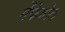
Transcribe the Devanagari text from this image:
मेंफेगोल